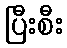
ပြီးစီး